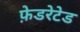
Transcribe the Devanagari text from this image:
फ़ेडरेटेड